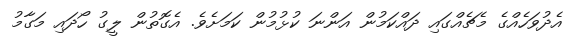
އެދުވަހެއްގެ މެޗެއްގައި ދައްކަމުން އަންނަ ކުޅުމުން ކަމަށެވެ. އެގޮތުން ލީގު ހޯދައި މަގާމު